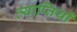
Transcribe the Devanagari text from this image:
व्याप्तियाँ